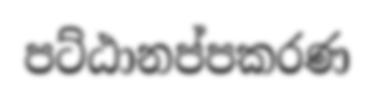
පට්ඨානප්පකරණ